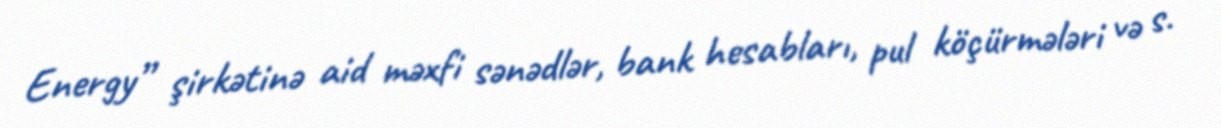
Energy” şirkətinə aid məxfi sənədlər, bank hesabları, pul köçürmələri və s.